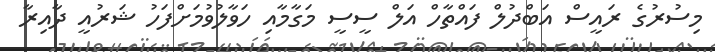
މިސުރުގެ ރައީސް އަބްދުލް ފައްތާހް އަލް ސީސީ މަގާމާއި ހަވާލުވުމަށްފަހު ޝަރުއީ ދާއިރާ